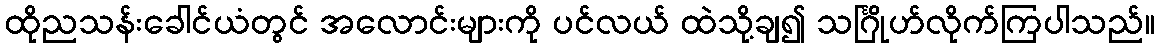
ထိုညသန်းခေါင်ယံတွင် အလောင်းများကို ပင်လယ် ထဲသို့ချ၍ သင်္ဂြိုဟ်လိုက်ကြပါသည်။